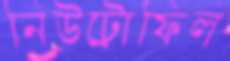
নিউট্রোফিল